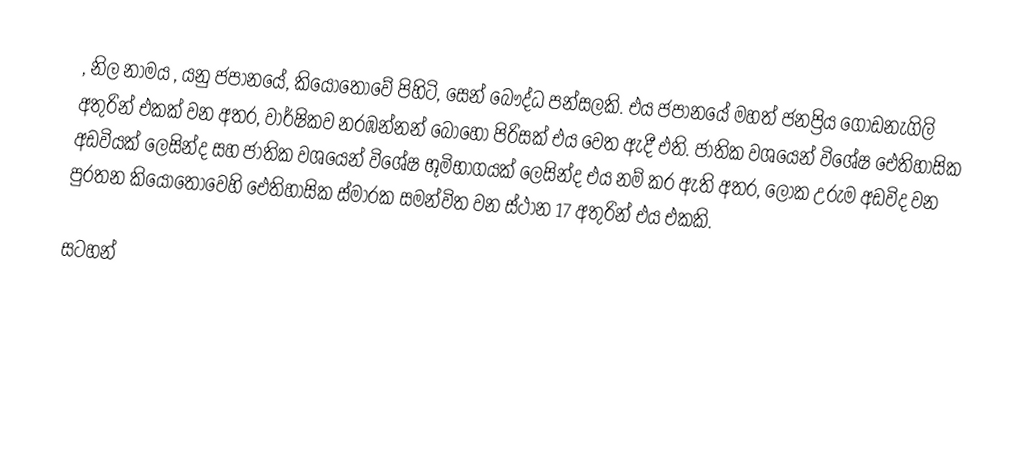
, නිල නාමය , යනු ජපානයේ, කියොතෝවේ පිහිටි, සෙන් බෞද්ධ පන්සලකි.  එය ජපානයේ මහත් ජනප්‍රිය ගොඩනැගිලි අතුරින් එකක් වන අතර, වාර්ෂිකව නරඹන්නන් බොහෝ පිරිසක් එය වෙත ඇදී එති. ජාතික වශයෙන් විශේෂ ඓතිහාසික අඩවියක් ලෙසින්ද සහ ජාතික වශයෙන් විශේෂ භූමිභාගයක් ලෙසින්ද එය නම් කර ඇති අතර, ලෝක උරුම අඩවිද වන පුරතන කියොතෝවෙහි ඓතිහාසික ස්මාරක සමන්විත වන ස්ථාන 17 අතුරින් එය එකකි.

සටහන්